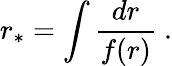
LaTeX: r_{\ast}=\int\frac{dr}{f(r)}\ .